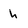
Character: h